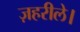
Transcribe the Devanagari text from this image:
ज़हरीले।